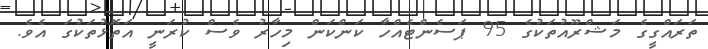
ތަރައްގީގެ މަޝްރޫއުތަކުގެ 95 ޕަސެންޓެއްހާ ކަންކަން މިހާރު ވެސް ކުރަނީ އަތޮޅުތަކުގަ އެވެ.